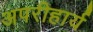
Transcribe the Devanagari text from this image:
अपरीहार्य